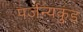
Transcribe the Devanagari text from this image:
पर्जन्यकुंड